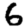
Digit: 6